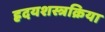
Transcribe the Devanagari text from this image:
ह्रदयशस्त्रक्रिया